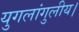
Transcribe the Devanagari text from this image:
युगलांगुलीय।